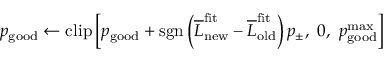
p _ { \mathrm { g o o d } } \leftarrow \mathrm { c l i p } \left[ p _ { \mathrm { g o o d } } + \mathrm { s g n } \left( \overline { { L } } _ { \mathrm { n e w } } ^ { \mathrm { f i t } } - \overline { { L } } _ { \mathrm { o l d } } ^ { \mathrm { f i t } } \right) p _ { \pm } , \ 0 , \ p _ { \mathrm { g o o d } } ^ { \mathrm { m a x } } \right]